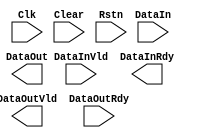
module MiddlePipe 
#(
	parameter    DW = 10
)
(
   
    input           Clk         ,
    input           Clear       ,
    input           Rstn        ,

  
    input  [DW-1:0] DataIn      ,
    input           DataInVld   ,
    output          DataInRdy   ,


    output [DW+1:0] DataOut     ,
    output          DataOutVld  ,
    input           DataOutRdy
);


always @ *
begin
    data_in_rdy = DataOutRdy || ~data_out_vld;
end

always @( posedge Clk or negedge Rstn )
begin
    if( ~Rstn )
        data_out <= 'h0;
    else if( data_in_rdy && DataInVld )//反压
        data_out <= DataIn << 1 + DataIn;
end

always @( posedge Clk or negedge Rstn )
begin
    if( ~Rstn )
        data_out_vld <= 'h0;
    else if( DataInVld )
        data_out_vld <= 'h1;
    else if( DataOutRdy && data_out_vld )
        data_out_vld <= 'h0;
end


endmodule